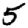
Digit: 5